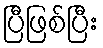
ပြီဖြစ်ပြီး